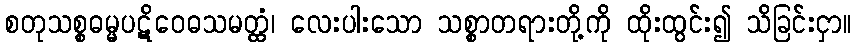
စတုသစ္စဓမ္မပဋိဝေဓသမတ္ထံ၊ လေးပါးသော သစ္စာတရားတို့ကို ထိုးထွင်း၍ သိခြင်းငှာ။